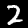
Label: 2